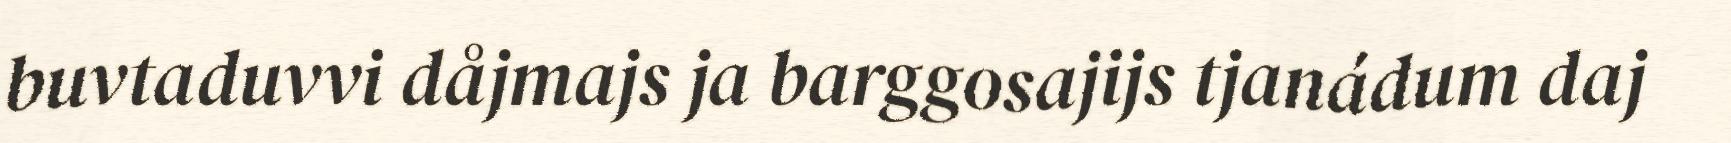
buvtaduvvi dåjmajs ja barggosajijs tjanádum daj